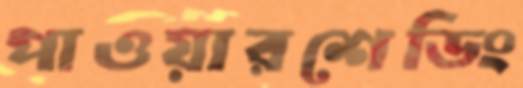
পাওয়ারশেডিং